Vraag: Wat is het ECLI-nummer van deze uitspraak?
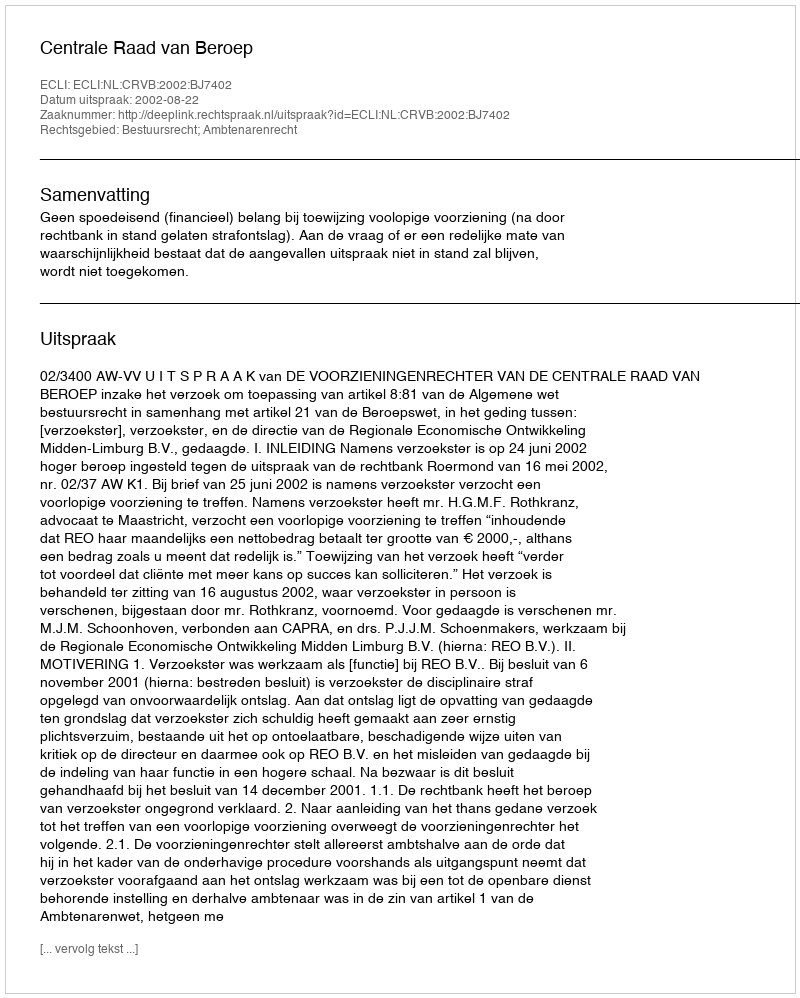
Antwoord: ECLI:NL:CRVB:2002:BJ7402